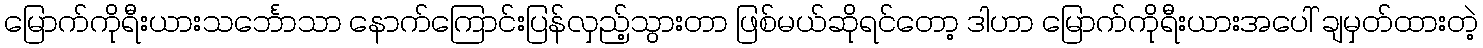
မြောက်ကိုရီးယားသင်္ဘောသာ နောက်ကြောင်းပြန်လှည့်သွားတာ ဖြစ်မယ်ဆိုရင်တော့ ဒါဟာ မြောက်ကိုရီးယားအပေါ် ချမှတ်ထားတဲ့